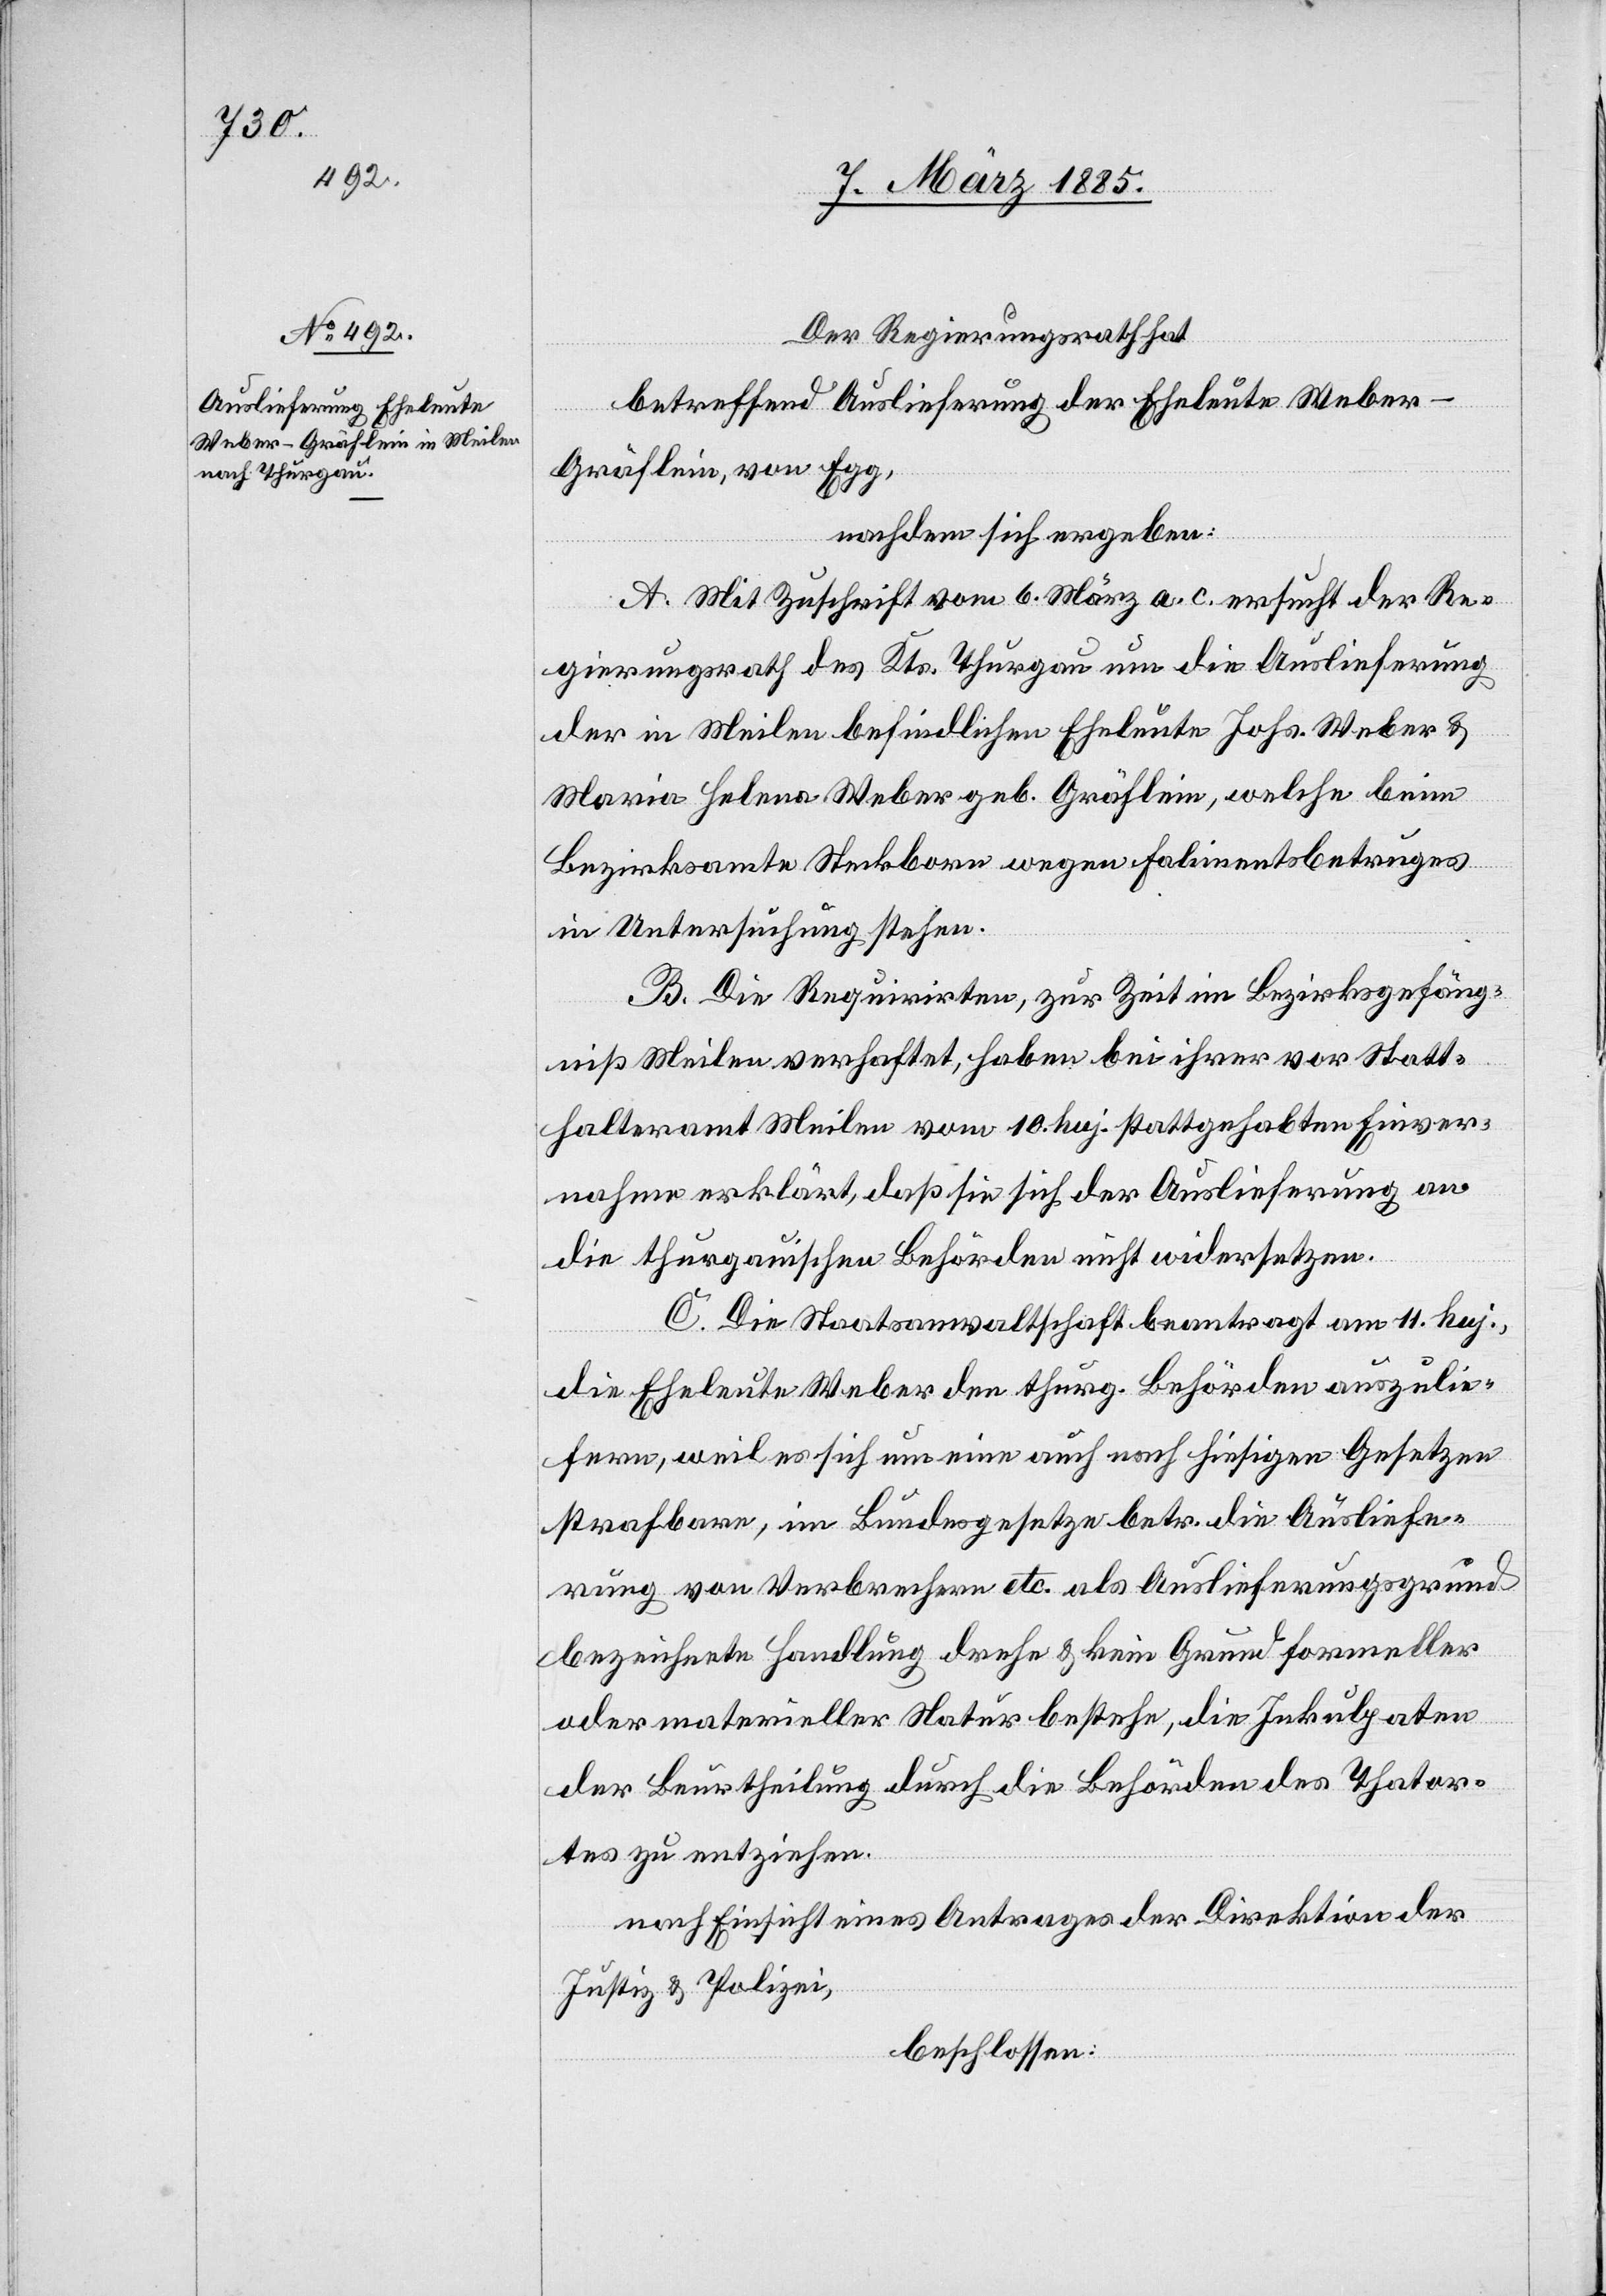
13. März 1885.]
Der Regierungsrath hat,
betreffend Auslieferung der Eheleute Webe¬
erfügungen
r-Gräflein, von Elgg,
nachdem sich ergeben:
A. Mit Zuschrift vom 6. März a. c. ersucht der Re¬
gierungsrath des Kts. Thurgau um die Auslieferung
der in Meilen befindlichen Eheleute Johs. Weber &
Maria Helena Weber geb. Gräflein, welche beim
Bezirksamte Steckborg wegen Falimentsbetruges
in Untersuchung stehen.
B. Die Requirirten, zur Zeit im Bezirksgefäng¬
niß Meilen verhaftet, haben bei ihrer vor Statt¬
halteramt Meilen vom 10. huj. stattgehabten Einver¬
nahme erklärt, daß sie sich der Auslieferung an
die thurgauischen Behörden nicht widersetzen.
C. Die Staatsanwaltschaft beantragt am 11. huj.,
die Eheleute Weber den thurg. Behörden auszulie¬
fern, weil es sich um eine auch nach hiesigen Gesetzen
strafbare, im Bundesgesetze betr. die Ausliefe¬
rung von Verbrechen etc. als Auslieferungsgrund
bezeichnete Handlung drehe & kein Grund formeller
oder materieller Natur bestehe, die Inkulpaten
der Beurtheilung durch die Behörden des Thator¬
tes zu entziehen.
nach Einsicht eines Antrages der Direktion der
Justiz & Polizei,
beschlossen: